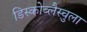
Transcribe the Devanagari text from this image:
डिस्कोब्लैस्चुला